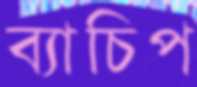
ব্যাচিপ